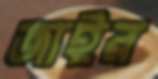
জাইর